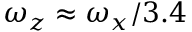
\omega _ { z } \approx \omega _ { x } / 3 . 4